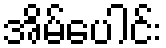
အိမ်ပေါင်း